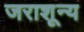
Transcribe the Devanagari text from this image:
जराशून्य